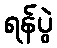
ရန်ပွဲ